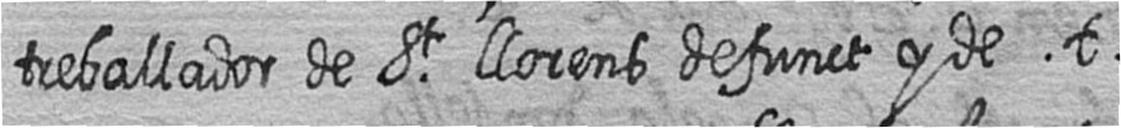
treballador de St llorens defunct y de t